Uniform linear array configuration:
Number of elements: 12
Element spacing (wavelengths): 0.75
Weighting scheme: hamming
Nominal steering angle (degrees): -45
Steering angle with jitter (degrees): -43.875
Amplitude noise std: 0.05
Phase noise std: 0.05

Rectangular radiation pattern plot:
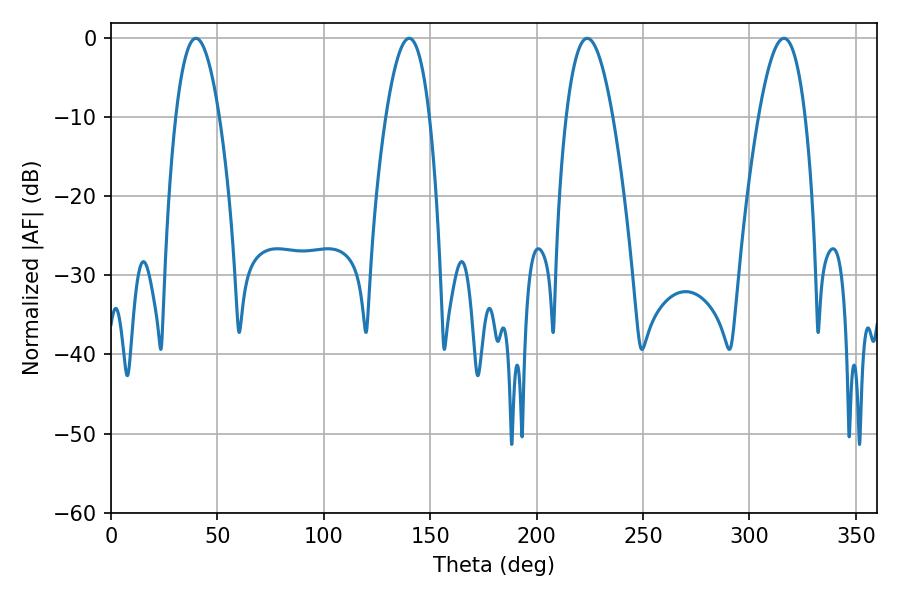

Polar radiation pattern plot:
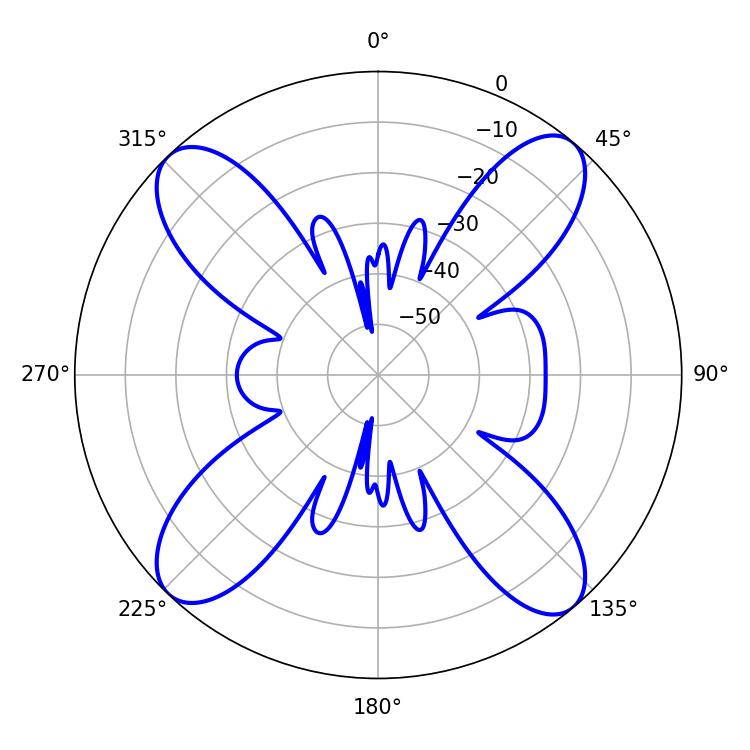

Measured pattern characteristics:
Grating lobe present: TRUE
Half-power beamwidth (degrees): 11.88
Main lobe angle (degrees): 223.74